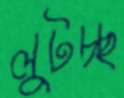
লুটচ্ছ